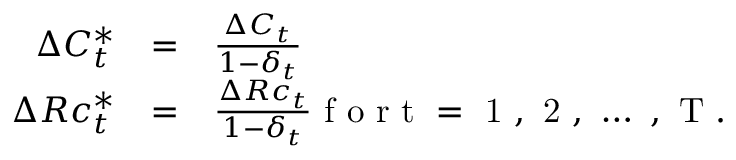
\begin{array} { r c l } { \Delta C _ { t } ^ { * } } & { = } & { \frac { \Delta C _ { t } } { 1 - \delta _ { t } } } \\ { \Delta R c _ { t } ^ { * } } & { = } & { \frac { \Delta R c _ { t } } { 1 - \delta _ { t } } \mathrm { ~ f ~ o ~ r ~ t ~ = ~ 1 ~ , ~ 2 ~ , ~ \dots ~ , ~ T ~ } . } \end{array}